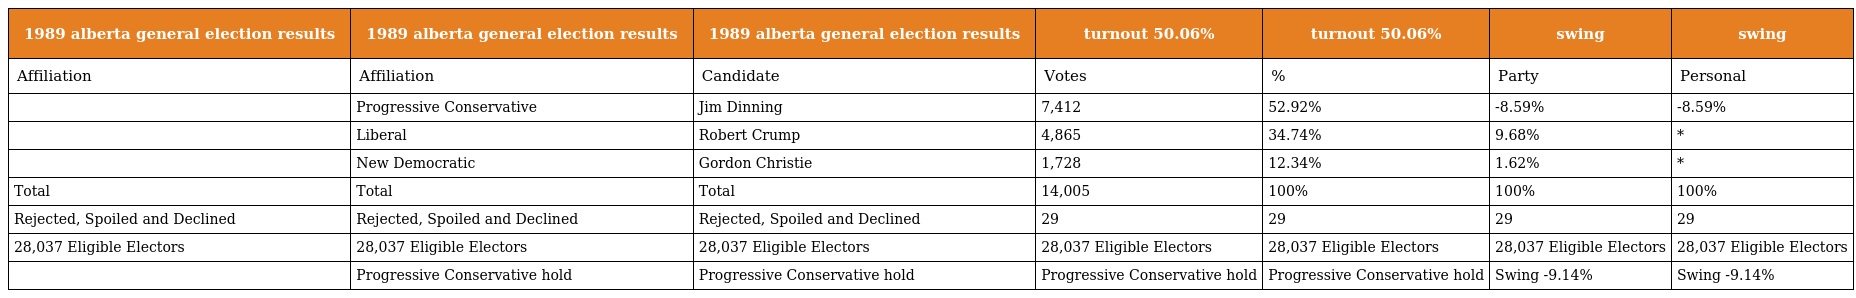
| 1989 alberta general election results | 1989 alberta general election results | 1989 alberta general election results | turnout 50.06% | turnout 50.06% | swing | swing |
 | --- | --- | --- | --- | --- | --- | --- |
 | Affiliation | Affiliation | Candidate | Votes | % | Party | Personal |
 |  | Progressive Conservative | Jim Dinning | 7,412 | 52.92% | -8.59% | -8.59% |
 |  | Liberal | Robert Crump | 4,865 | 34.74% | 9.68% | * |
 |  | New Democratic | Gordon Christie | 1,728 | 12.34% | 1.62% | * |
 | Total | Total | Total | 14,005 | 100% | 100% | 100% |
 | Rejected, Spoiled and Declined | Rejected, Spoiled and Declined | Rejected, Spoiled and Declined | 29 | 29 | 29 | 29 |
 | 28,037 Eligible Electors | 28,037 Eligible Electors | 28,037 Eligible Electors | 28,037 Eligible Electors | 28,037 Eligible Electors | 28,037 Eligible Electors | 28,037 Eligible Electors |
 |  | Progressive Conservative hold | Progressive Conservative hold | Progressive Conservative hold | Progressive Conservative hold | Swing -9.14% | Swing -9.14% |